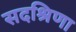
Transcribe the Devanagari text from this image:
सदश्रिणा